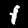
Label: 1